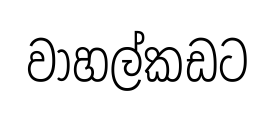
වාහල්කඩට